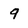
Character: 9